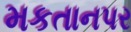
મકતાનપર